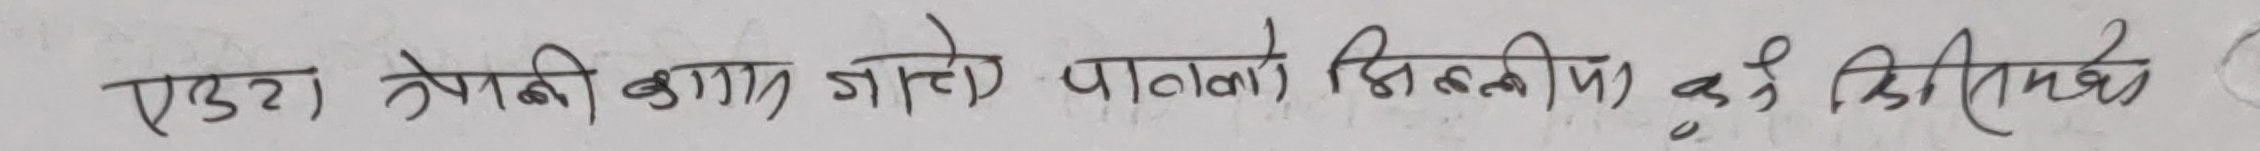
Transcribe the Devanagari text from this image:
एउटा नेपाली बाबु जाते पालोको सिर्तीकता के हो ? सीमितता